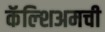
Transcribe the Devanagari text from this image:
कॅल्शिअमची